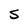
Character: S